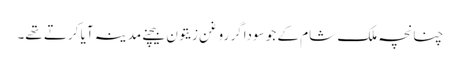
چنانچہ ملک شام کے جو سوداگر روغن زیتون بیچنے مدینہ آیا کرتے تھے۔